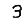
Digit: 3